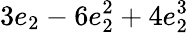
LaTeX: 3e_{2}-6e_{2}^{2}+4e_{2}^{3}